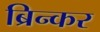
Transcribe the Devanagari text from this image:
ब्रिन्कर